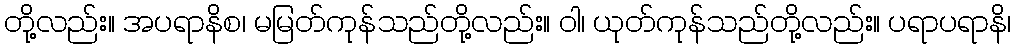
တို့လည်း။ အပရာနိစ၊ မမြတ်ကုန်သည်တို့လည်း။ ဝါ၊ ယုတ်ကုန်သည်တို့လည်း။ ပရာပရာနိ၊